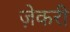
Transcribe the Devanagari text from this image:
ज़ेकरी